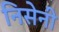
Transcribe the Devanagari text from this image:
निसेनी